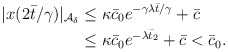
\begin{align*}\begin{aligned}|x(2\bar{t}/\gamma)|_{\mathcal{A}_\delta} &\le \kappa \bar c_0 e^{-\gamma \lambda \bar{t}/\gamma} + \bar c\\&\le \kappa \bar c_0 e^{-\lambda \bar{t}_2} + \bar c < \bar c_0.\end{aligned}\end{align*}